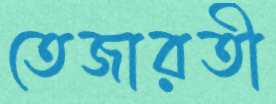
তেজারতী